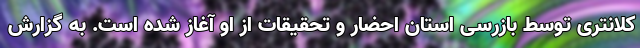
کلانتری توسط بازرسی استان احضار و تحقیقات از او آغاز شده است. به گزارش